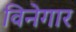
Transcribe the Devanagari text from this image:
विनेगार